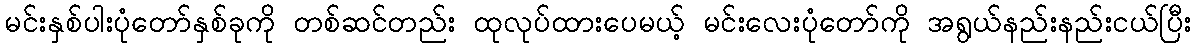
မင်းနှစ်ပါးပုံတော်နှစ်ခုကို တစ်ဆင်တည်း ထုလုပ်ထားပေမယ့် မင်းလေးပုံတော်ကို အရွယ်နည်းနည်းငယ်ပြီး